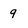
Character: 9